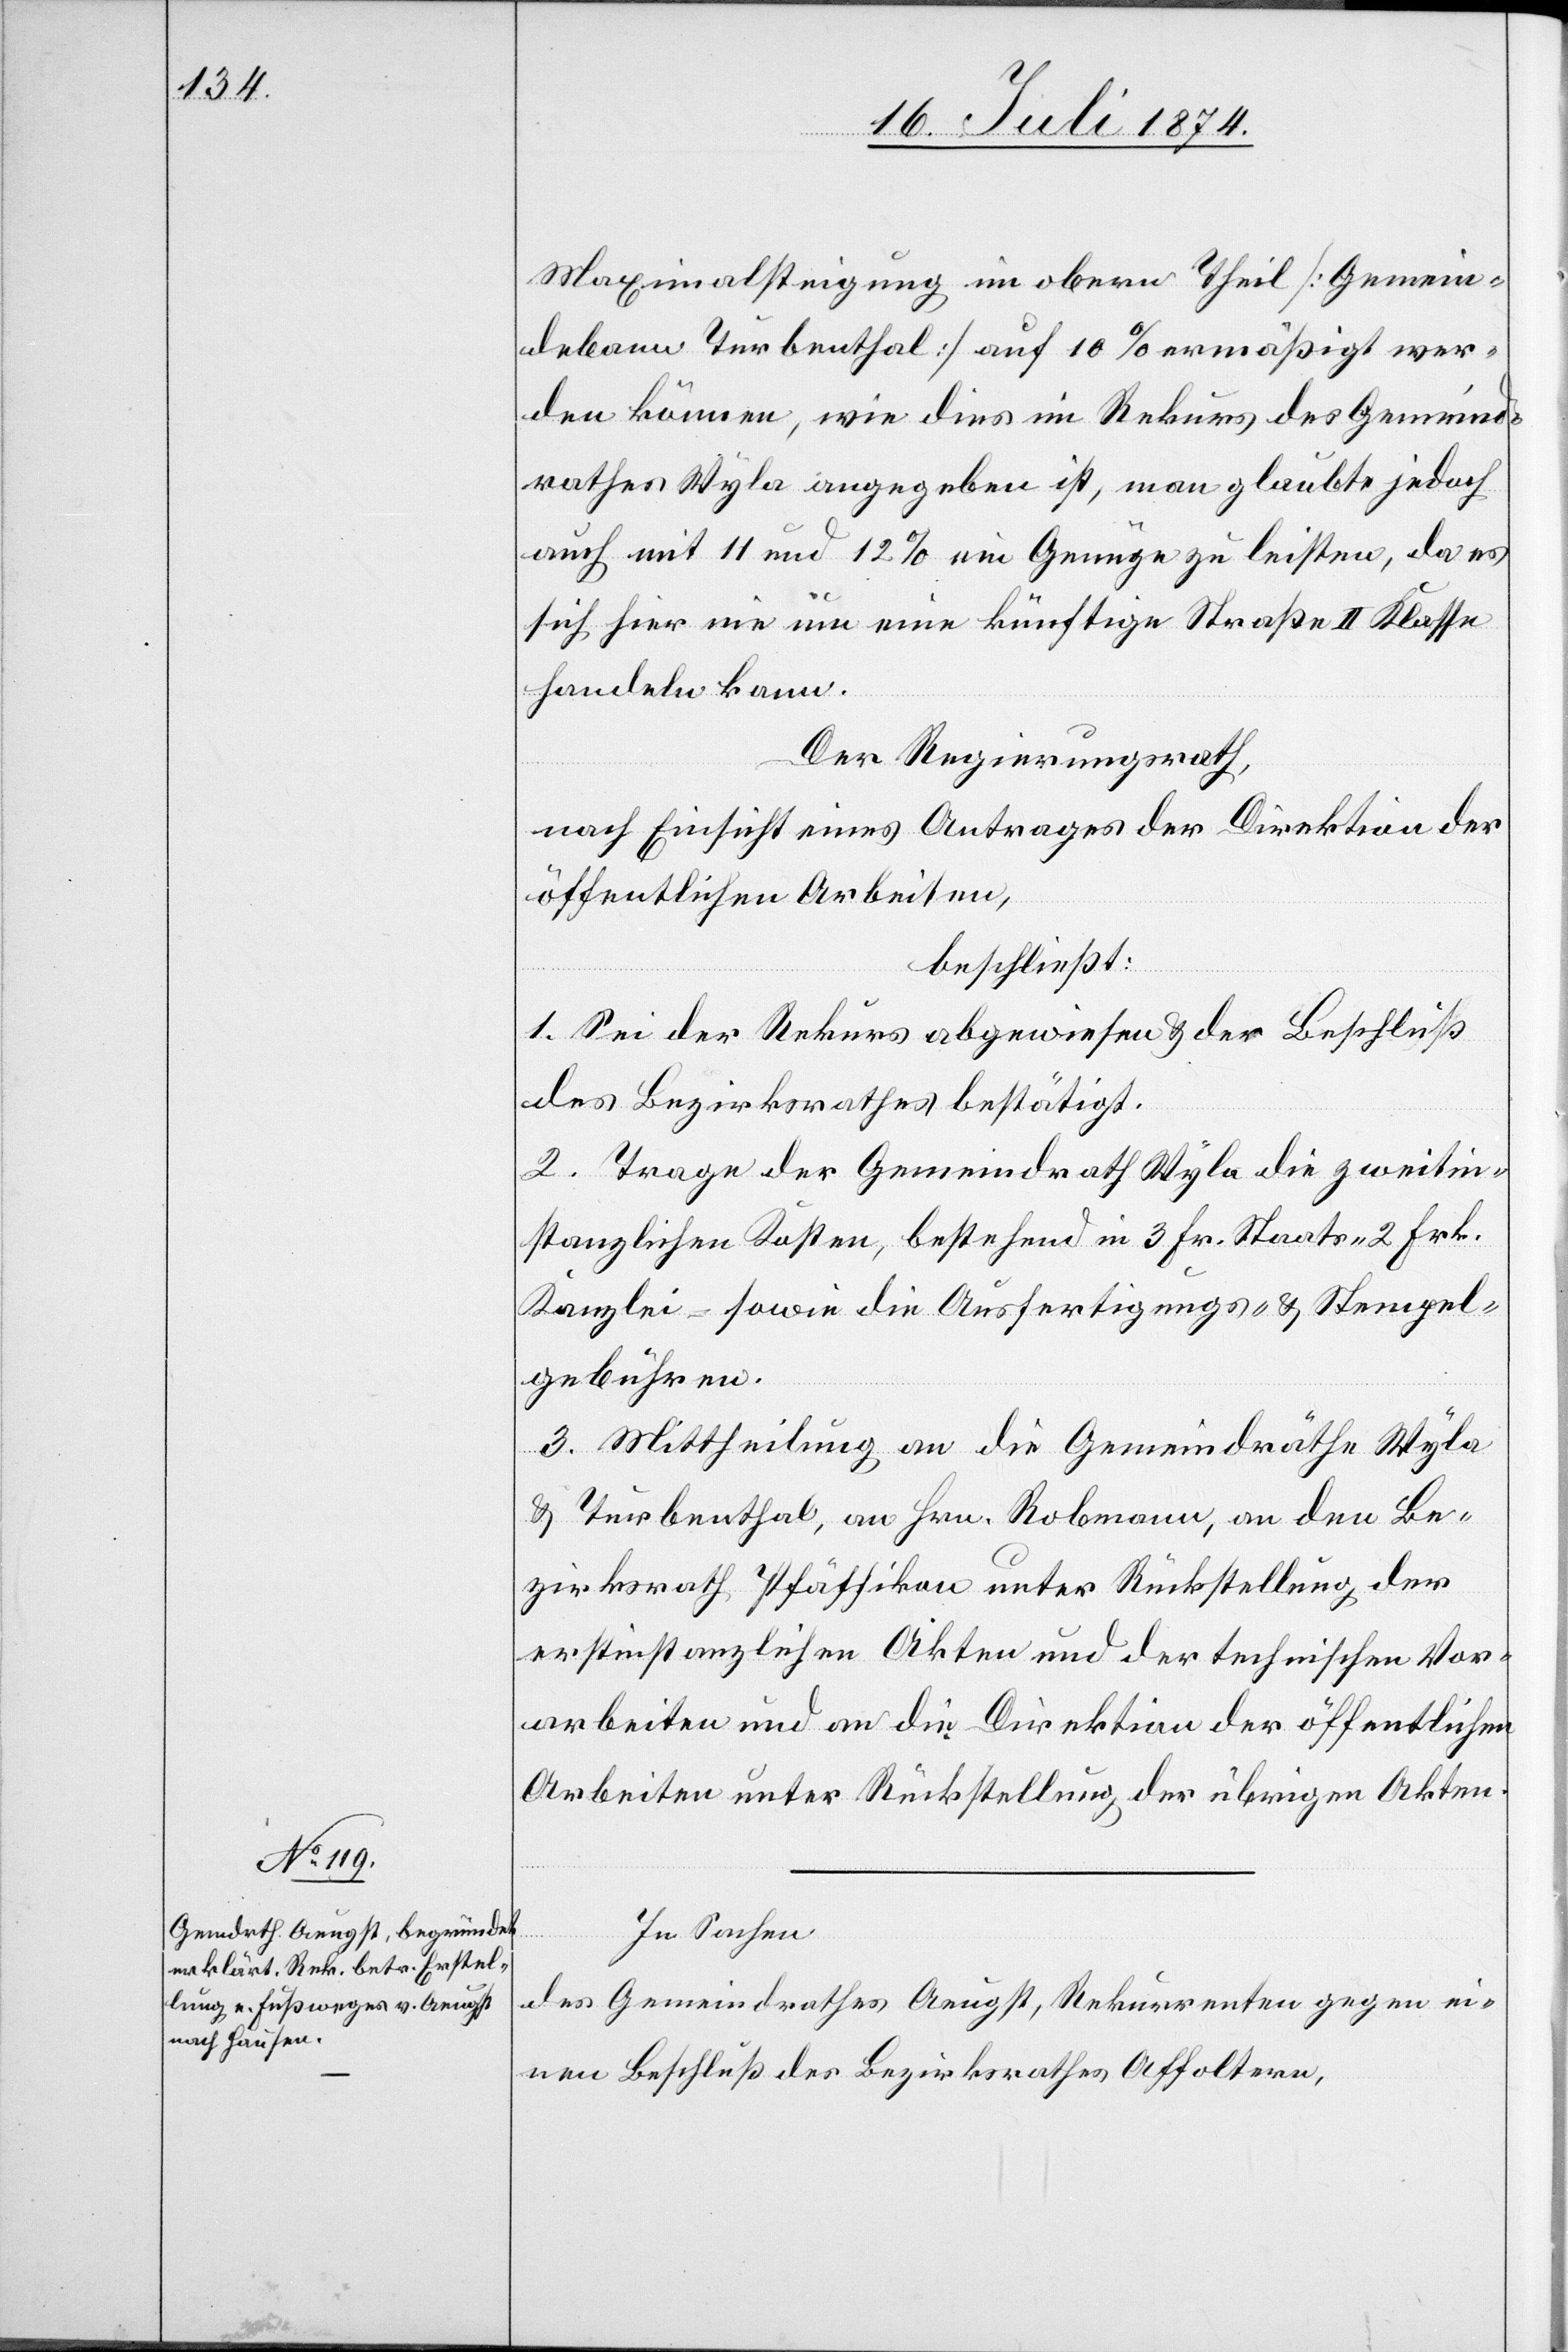
Maximalsteigung im obern Theil [Gemein¬
debann Turbenthal] auf 10% ermäßigt wer¬
den können, wie dies im Rekurs des Gemeind¬
rathes Wyla angegeben ist, man glaubte jedoch
auch mit 11 und 12% ein Genüge zu leisten, da es
sich hier nie um eine künftige Straße II. Klasse
handeln kann.
Der Regierungsrath,
nach Einsicht eines Antrages der Direktion der
öffentlichen Arbeiten,
beschließt:
1. Sei der Rekurs abgewiesen u. der Beschluß
des Bezirksrathes bestätigt.
2. Trage der Gemeindrath Wyla die zweitin¬
stanzlichen Kosten, bestehend in 3 Fr. Staats- [,] 2 Frk.
Kanzlei- sowie die Ausfertigungs- u. Stempel¬
gebühren.
3. Mittheilung an die Gemeindräthe Wyla
u. Turbenthal, an Hrn. Robmann, an den Be¬
zirksrath Pfäffikon unter Rückstellung der
erstinstanzlichen Akten und der technischen Vor¬
arbeiten und an die Direktion der öffentlichen
Arbeiten unter Rückstellung der übrigen Akten.
In Sachen
des Gemeindrathes Aeugst, Rekurrenten gegen ei¬
nen Beschluß des Bezirksrathes Affoltern,